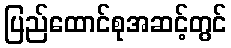
ပြည်ထောင်စုအဆင့်တွင်